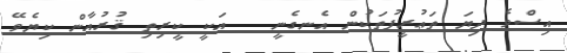
އިސްވެ ދިޔަ ތަޢުރީފުތަކުން އެނގެނީ   އަކީ ކީރިތި ޤުރުއާން ކިޔެވޭ